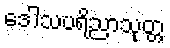
ဒေါသပရိညာသုတ္တ